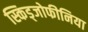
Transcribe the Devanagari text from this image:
स्किड्जोफीनिया